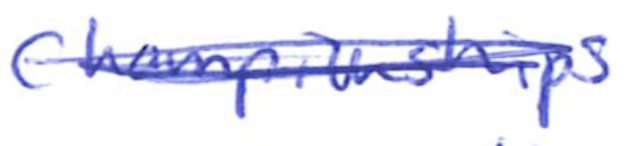
Text: Championships
Cross-out: scratch
Writing tool: ballpoint